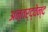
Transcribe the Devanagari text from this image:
अन्तर्द्वेन्द